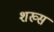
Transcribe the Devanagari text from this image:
शख्‍स